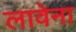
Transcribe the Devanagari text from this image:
लावेना